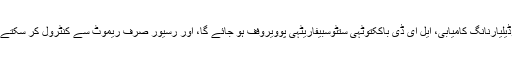
3 کوڈیلیارنانگ کامیابی، ایل ای ڈی باککتوٹہی ستٹوسبیفاریٹہی پوویروفف ہو جائے گا، اور رسیور صرف ریموٹ سے کنٹرول کر سکتے ہیں ۔